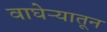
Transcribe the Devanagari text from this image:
वाघेऱ्यातून